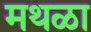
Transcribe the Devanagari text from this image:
मथळा